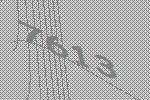
7613